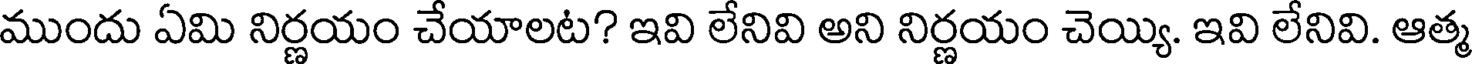
ముందు ఏమి నిర్ణయం చేయాలట? ఇవి లేనివి అని నిర్ణయం చెయ్యి. ఇవి లేనివి. ఆత్మ